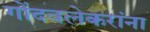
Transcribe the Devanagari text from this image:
गोंदवलेकरांना